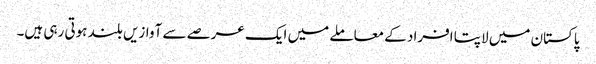
پاکستان میں لاپتا افراد کے معاملے میں ایک عرصے سے آوازیں بلند ہوتی رہی ہیں۔